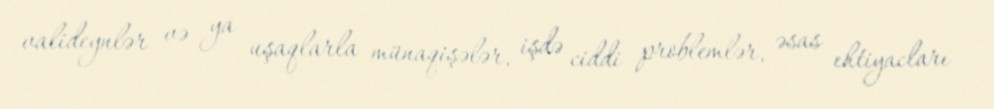
valideynlər və ya uşaqlarla münaqişələr, işdə ciddi problemlər, əsas ehtiyacları